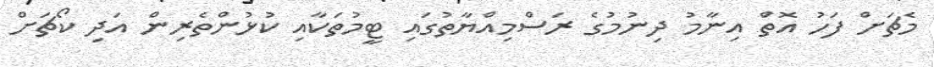
މެޗަށް ފަހު އޮތް އިނާމު ދިނުމުގެ ރަސްމިއްޔާތުގައި ޓީމުތަކާއި ކުޅުންތެރިން އަދި ކޯޗަށް